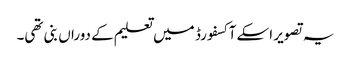
یہ تصویر اسکے آکسفورڈ میں تعلیم کے دوراں بنی تھی۔